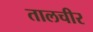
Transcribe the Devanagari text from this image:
तालचीर